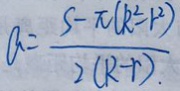
a = \frac { S - \pi ( k ^ { 2 } - r ^ { 2 } ) } { 2 ( R - r ) } .